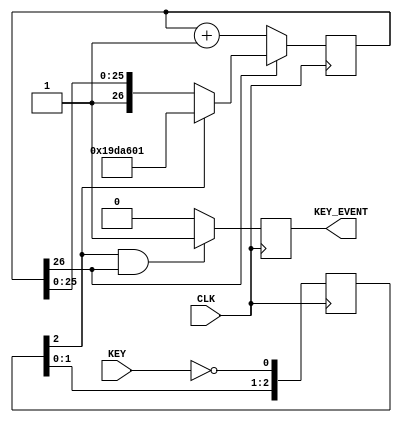
`timescale 1ns / 1ps
//////////////////////////////////////////////////////////////////////////////////
// Company: Case Western Reserve University
// 
// Project Name:   EECS301 Digital Design
// Design Name:    Lab #2 Project
// Module Name:    Key_Synchronizer_Module
// Target Devices: Altera Cyclone V
// Tool versions:  Quartus v15.0
// Description:    Key input signal synchronizer to align asynchronous key
//                 press signals to the system clock.  Also, provides a
//                 key lockout so only one key press will be generated per
//                 lockout delay period.
// Dependencies:   
//
//////////////////////////////////////////////////////////////////////////////////

module Key_Synchronizer_Module
#(
	parameter CLK_RATE = 50, // MHz
	parameter KEY_LOCK_DELAY = 800 // mS
)
(
	// Input Signals
	input KEY,
	
	// Output Signals
	output reg KEY_EVENT,
	
	// System Signals
	input CLK
);

	// Helper function to find the upper index needed 
	// for a register to hold the given value.
	function integer bit_index;
		input integer x;
		integer i,p;
	begin
		p = 2;
		for(i=1; p<=x; i=i+1)
			p=p*2;
		bit_index=i;
	end
	endfunction
	
	// Key Lockout Delay Parameter Calculations
	localparam KEY_LOCK_DELAY_TICKS = (KEY_LOCK_DELAY * 1000000) / (1000.0 / CLK_RATE);
	localparam KEY_LOCK_WIDTH = bit_index(KEY_LOCK_DELAY_TICKS);
	localparam KEY_LOCK_LOADVAL = {1'b1, {(KEY_LOCK_WIDTH-1){1'b0}}, 1'b1} - KEY_LOCK_DELAY_TICKS;
	
	
	//
	// Synchronize Key Input to System Clock
	//
	wire       key_sync;
	reg  [2:0] key_sync_reg;
	
	assign key_sync = key_sync_reg[2];
	
	// Simple shift register to triple buffer the signal
	always @(posedge CLK)
	begin
		key_sync_reg <= { key_sync_reg[1:0], ~KEY };
	end

	
	//
	// Key Lockout Counter
	//
	wire                    key_lock_out;
	reg  [KEY_LOCK_WIDTH:0] key_lock_counter_reg;
	
	initial
	begin
		key_lock_counter_reg <= { 1'b1, {KEY_LOCK_WIDTH{1'b0}} };
	end
	
	assign key_lock_out = ~key_lock_counter_reg[KEY_LOCK_WIDTH];
	
	always @(posedge CLK)
	begin
		if (~key_lock_out)
		begin
			if (key_sync)
				key_lock_counter_reg <= KEY_LOCK_LOADVAL;
		end
		else
			key_lock_counter_reg <= key_lock_counter_reg + 1'b1;
	end
	
	
	//
	// Key Event Register
	//
	always @(posedge CLK)
	begin
		if (key_sync & ~key_lock_out)
			KEY_EVENT <= 1'b1;
		else
			KEY_EVENT <= 1'b0;
	end

endmodule